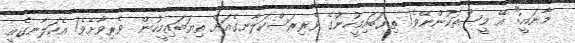
މާނައީ:" އޭ މީސްތަކުންނޭވެ! ތިޔަބައިމީހުންގެ ވެރިރަސްކަލާނގެއަށް ތިޔަބައިމީހުން  ވެރިވާށެވެ! އެކަލާނގެއީ